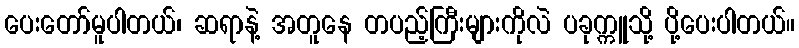
ပေးတော်မူပါတယ်၊ ဆရာနဲ့ အတူနေ တပည့်ကြီးများကိုလဲ ပခုက္ကူသို့ ပို့ပေးပါတယ်။